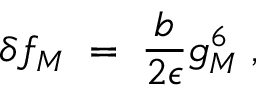
\delta f _ { M } \; = \; { \frac { b } { 2 \epsilon } } g _ { M } ^ { 6 } \; ,